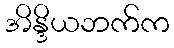
အိန္ဒိယဘက်က